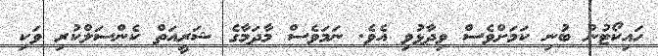
ހައިކޯޓުން ބުނި ކަމަށްވެސް ވިދާޅުވި އެވެ. ނަމަވެސް މާދަމާގެ ޝަރީއަތް ކެންސަލްކުރި ވަކި